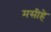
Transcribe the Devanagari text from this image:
मसीहे